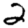
Digit: 2